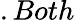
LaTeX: .Both